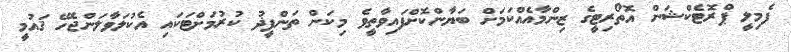
ފެމިލީ ޕްރޮޓެކްޝަން އޮތޯރިޓީގެ ޒިންމާއެއްކަމަށް ބަޔާންކޮށްފައިވާތީވެ މިކަން ތަންފީޛު ކުރުމަށްޓަކައި އެކުލަވާލަންޖެހޭ ޤައުމީ